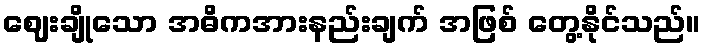
ဈေးချိုသော အဓိကအားနည်းချက် အဖြစ် တွေ့နိုင်သည်။